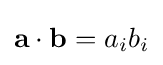
{\mathbf {a}}\cdot {\mathbf {b}}=a_{i}b_{i}